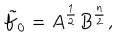
LaTeX: \tilde { f } _ { 0 } = A ^ { \frac { 1 } { 2 } } B ^ { \frac { n } { 2 } } ,